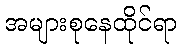
အများစုနေထိုင်ရာ